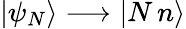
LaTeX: \begin{array}{r}{|\psi_{N}\rangle\longrightarrow|N\, n\rangle}\end{array}